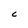
Character: C